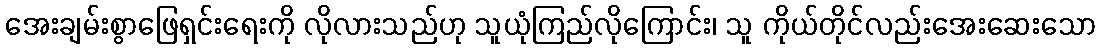
အေးချမ်းစွာဖြေရှင်းရေးကို လိုလားသည်ဟု သူယုံကြည်လိုကြောင်း၊ သူ ကိုယ်တိုင်လည်းအေးဆေးသော